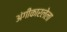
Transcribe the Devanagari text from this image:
अंगीकारलेला